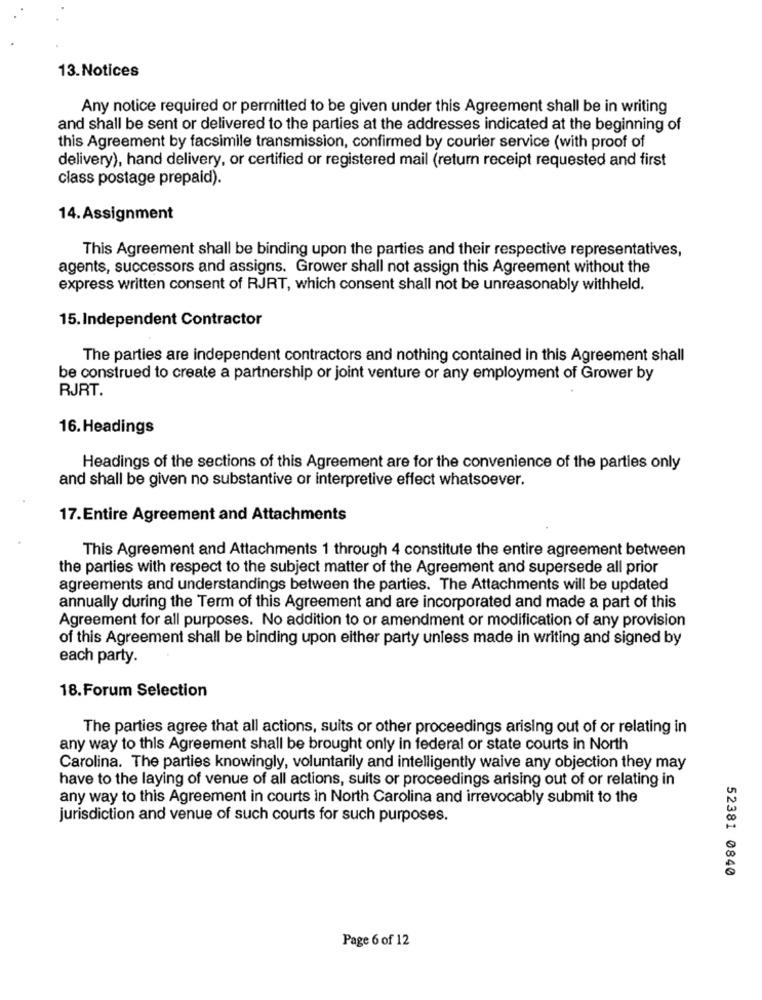
13.Notices
Any notice required or permitted to be given under this Agreement shall be in writing
and shall be sent or delivered to the parties at the addresses indicated at the beginning of
this Agreement by facsimile transmission, confirmed by courier service (with proof of
delivery), hand delivery, or certified or registered mail (return receipt requested and first
class postage prepaid).
14.Assignment
This Agreement shall be binding upon the parties and their respective representatives,
agents, successors and assigns. Grower shall not assign this Agreement without the
express written consent of RJRT, which consent shall not be unreasonably withheld.
15. Independent Contractor
The parties are independent contractors and nothing contained in this Agreement shall
be construed to create a partnership or joint venture or any employment of Grower by
RJRT.
16. Headings
Headings of the sections of this Agreement are for the convenience of the parties only
and shall be given no substantive or interpretive effect whatsoever.
17.Entire Agreement and Attachments
This Agreement and Attachments 1 through 4 constitute the entire agreement between
the parties with respect to the subject matter of the Agreement and supersede all prior
agreements and understandings between the parties. The Attachments will be updated
annually during the Term of this Agreement and are incorporated and made a part of this
Agreement for all purposes. No addition to or amendment or modification of any provision
of this Agreement shall be binding upon either party unless made in writing and signed by
each party.
18.Forum Selection
The parties agree that all actions, suits or other proceedings arising out of or relating in
any way to this Agreement shall be brought only in federal or state courts in North
Carolina. The parties knowingly, voluntarily and intelligently waive any objection they may
have to the laying of venue of all actions, suits or proceedings arising out of or relating in
any way to this Agreement in courts in North Carolina and irrevocably submit to the
jurisdiction and venue of such courts for such purposes.
52381 0840
Page 6 of 12